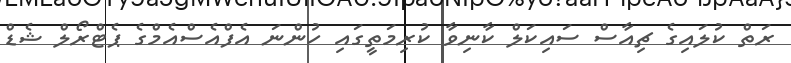
ރަތް ކުލައިގެ ޗިއާސް ސައިކަލް ކާނިވާ ކުރިމަތީގައި ހުންނަ އެފްއެސްއެމްގެ ޕެޓްރޯލް ޝެޑް